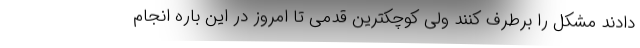
دادند مشکل را برطرف کنند ولی کوچکترین قدمی تا امروز در این باره انجام